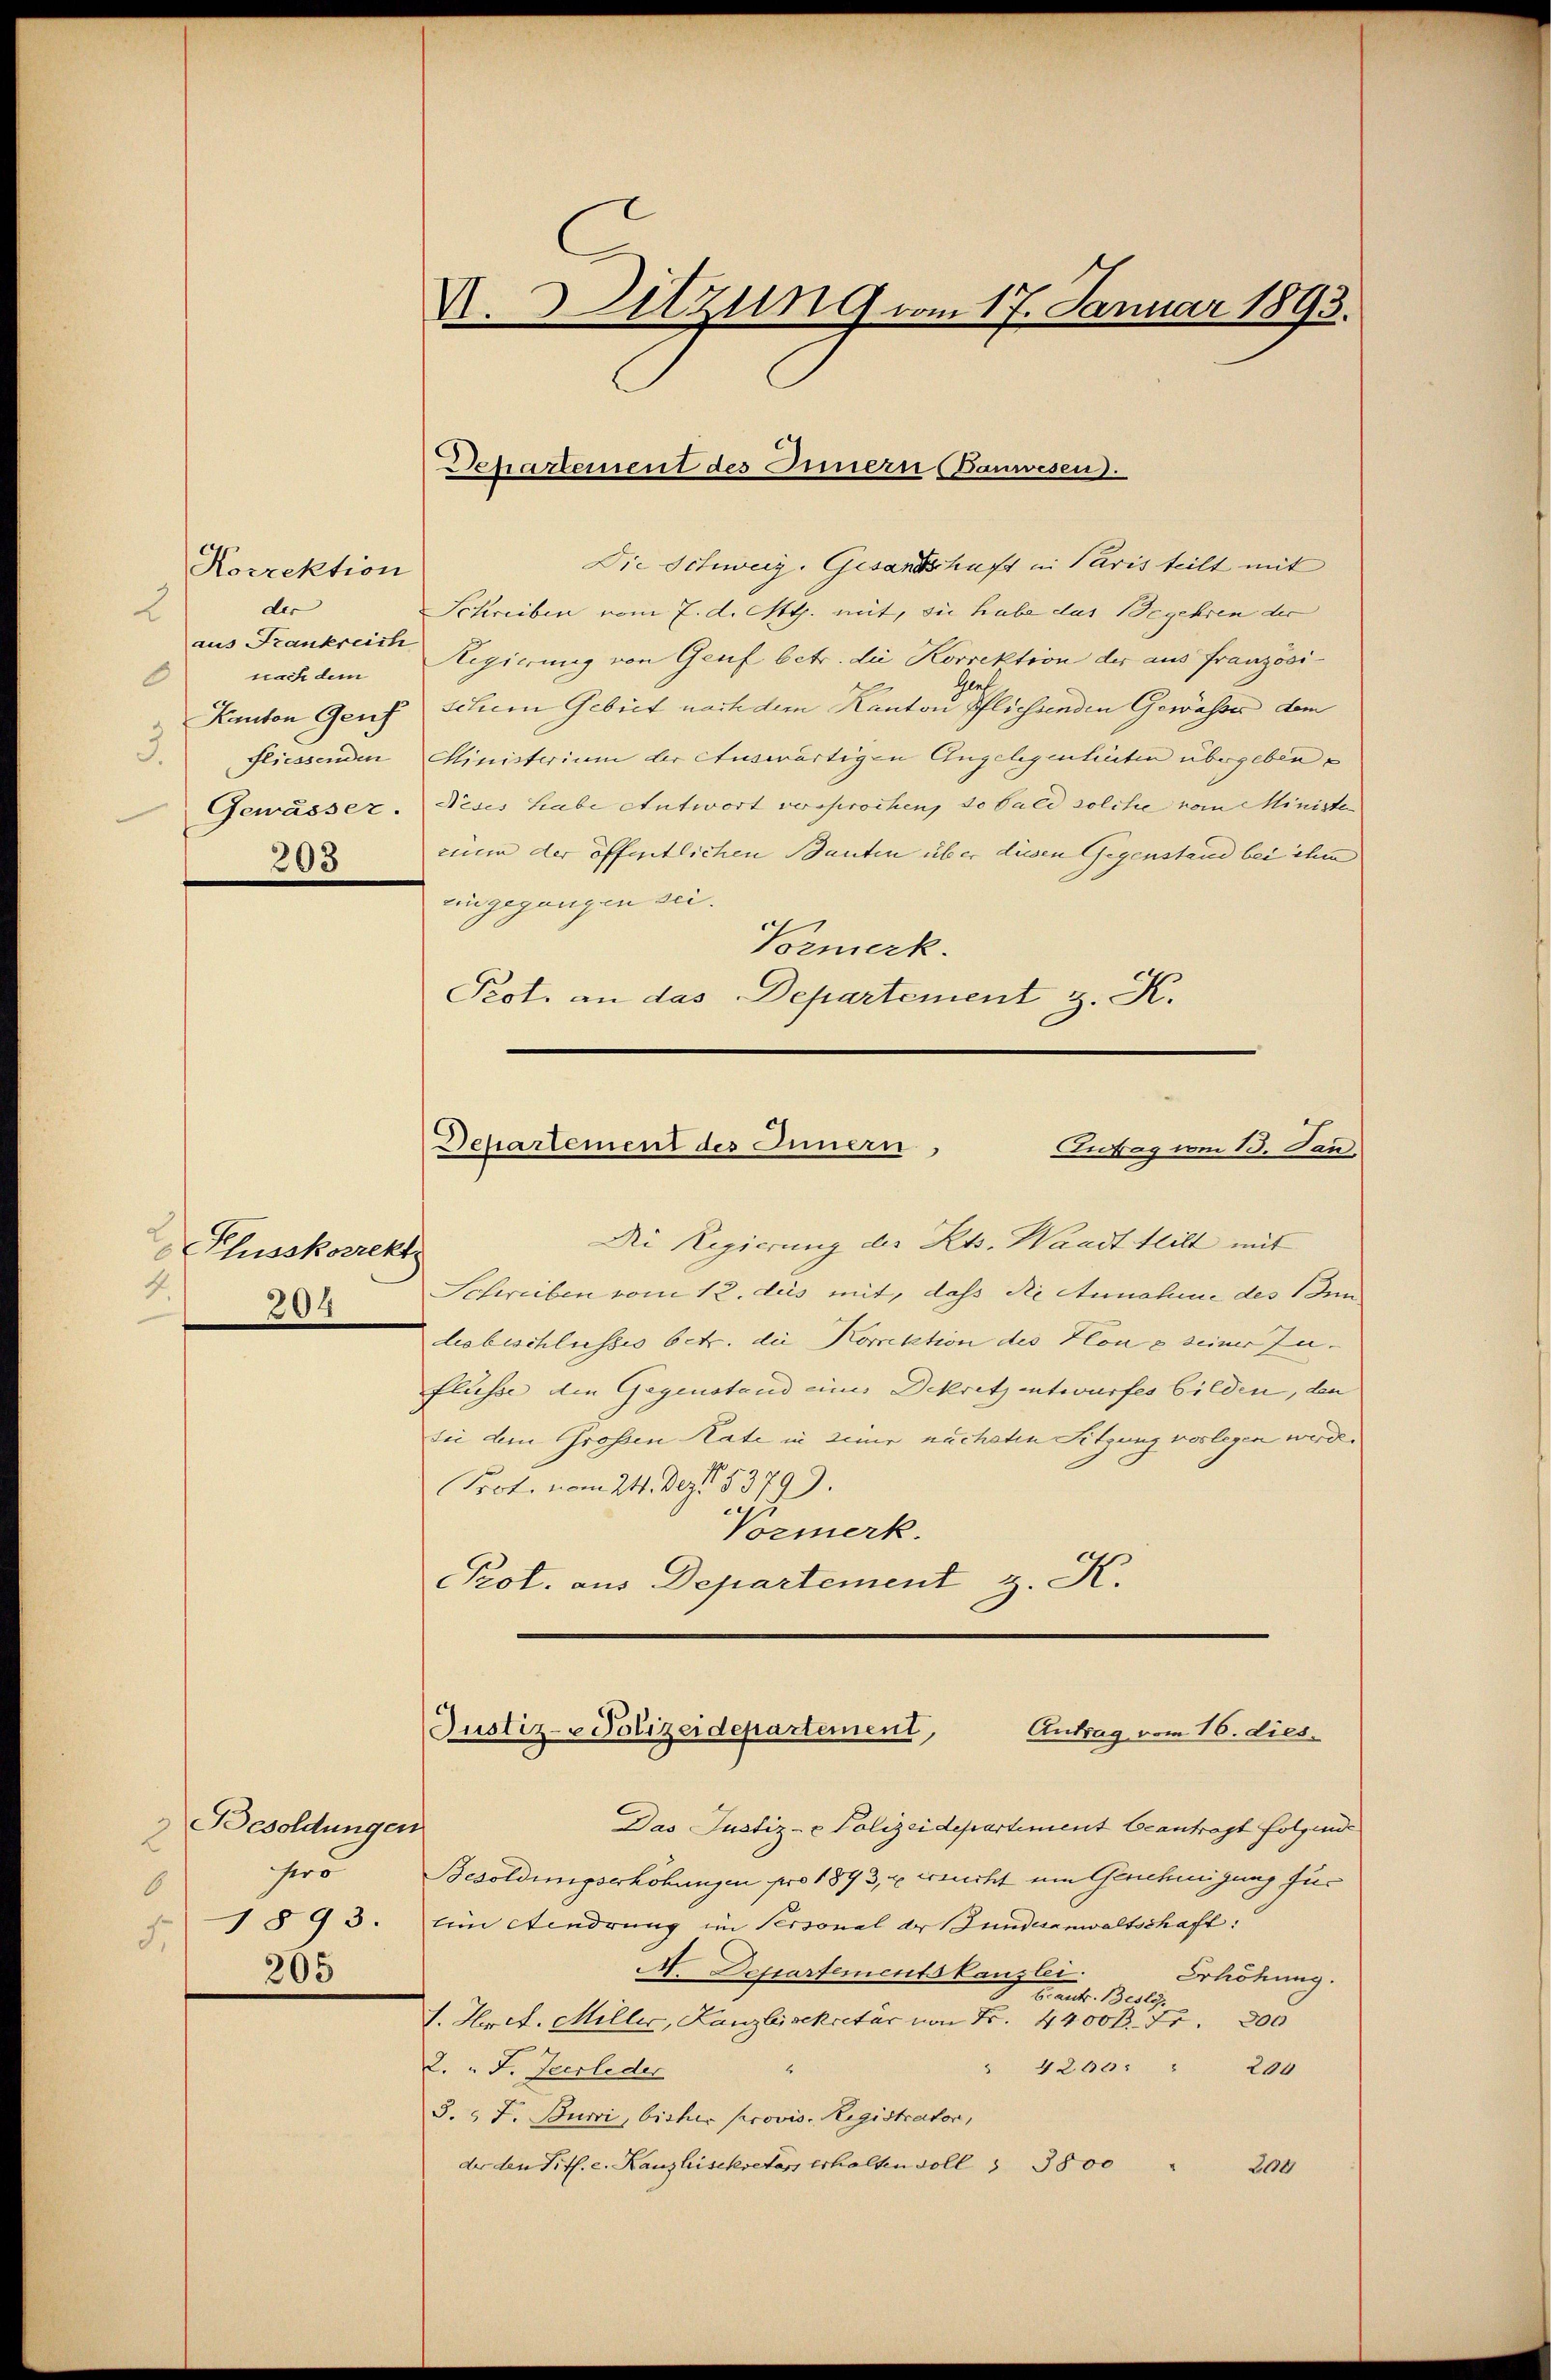
Korrektion
der
2
aus Frankreich
nach dem
0
3.
203

Phusskorrekt
4.
204

Besoldungen
2
hero
6
1893.
5.
205

Die Schweiz. Gesandtschaft in Paris teilt mit
Schreiben vom 7. d. Mts. mit, sie habe das Begehren der
Regierung von Genf betr. die Korrektion der aus Französi¬
Ge¬
Kanton Genf schien Gebiet nach dem Kanton Pflichsenden Gewässer dem
fliessenden Ministerium der Auswärtigen Angelegenheiten übergebene
Gewässer. Neses habe Antwort versprochen, so bald solche vom Ministe
rium der öffentlichen Bauten über diesen Gegenstand bei ihm
eingegangen sei.
Prmerk.
Peot. an das Departement z. K.

V. Sitzung vom 17. Januar 1893.

Departement des Innern (Bauwesen.

Departement des Innern,
Eufag vom 13. Jan.

Das Justiz- & Polizeidepartement beantragt folgende
Besoldungserhöhungen pro 1873, u weicht um Genehmigung für
Ein Eindrung im Personal der Bundesanwaltschaft:
A. Departementskanzlei.
Erhöhung.
E. antr. Besly.
1. Kret. Miller, Lanzlisekretär von Fr. 4400 Fr. 300
" 4260: " 200
2. " F. Zeerleder
3. " F. Burri, bisher provis. Registrator,
der den Tit. c. Kanzleisekretär erhalten soll                      3800
"
200

Die Regierung des Kts. Waadt heilt mit
Schreiben vom 12. des mit, dass die Annahme des 1 den
diebeschlusses betr. die Korrektion des Klone seiner Zu¬
Flüsse die Gegenstand eines Dekretz entwurfes bilden, den
die dem Großen Rate in ziner nächsten Sitzung vorlegen werde.
Prot. vom 24. Dez. 183799.
Vormerk.
Prot. aus Departement z. K.

Justiz-Polizeidepartement,
Antrag vom 16. dies